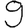
Digit: 9